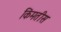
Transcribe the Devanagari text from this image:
किंमतीस